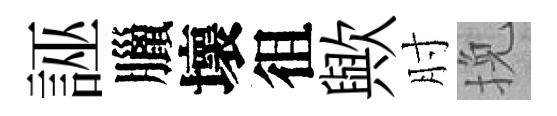
誣臘壞徂歟肘挽